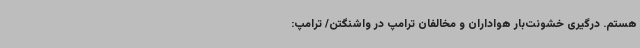
هستم. درگیری خشونت‌بار هواداران و مخالفان ترامپ در واشنگتن/ ترامپ: